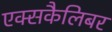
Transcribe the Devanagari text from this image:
एक्सकैलिबर